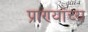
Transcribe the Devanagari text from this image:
प्राण्यांच्य